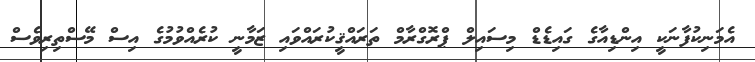
އެމަނިކުފާނަކީ އިންޑިއާގެ ގައިޑެޑް މިސައިލް ޕްރޮގްރާމް ތަރައްޤީކުރައްވައި ޒަމާނީ ކުރެއްވުމުގެ އިސް މޭސްތިރިވެސް